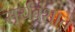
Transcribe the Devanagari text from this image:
सूर्यवंशात